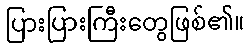
ပြားပြားကြီးတွေဖြစ်၏။